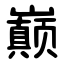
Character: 巅